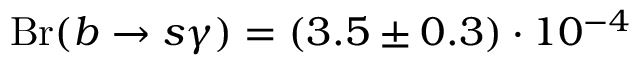
\mathrm { B r } ( b \to s \gamma ) = ( 3 . 5 \pm 0 . 3 ) \cdot 1 0 ^ { - 4 }